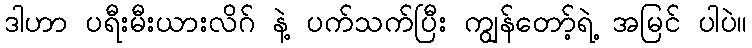
ဒါဟာ ပရီးမီးယားလိဂ် နဲ့ ပက်သက်ပြီး ကျွန်တော့်ရဲ့ အမြင် ပါပဲ။